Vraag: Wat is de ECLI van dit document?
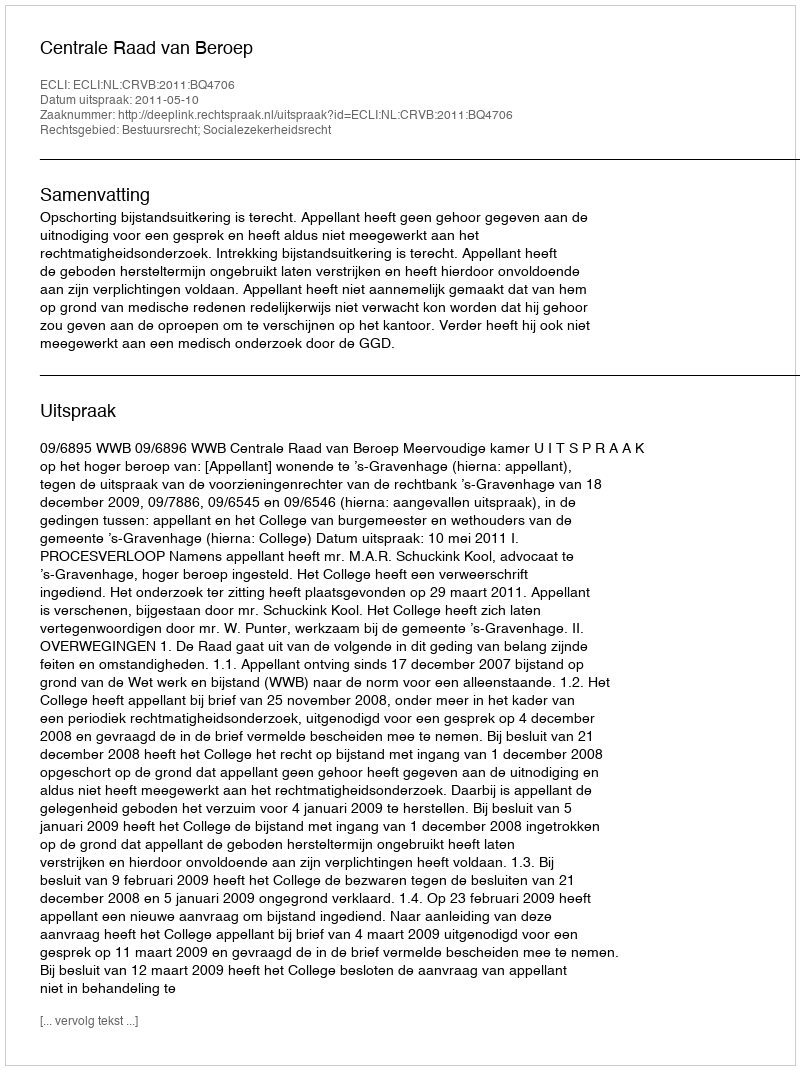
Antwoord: ECLI:NL:CRVB:2011:BQ4706